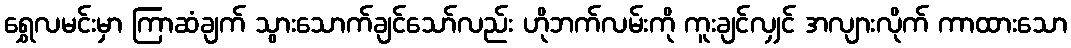
ရွှေလမင်းမှာ ကြာဆံချက် သွားသောက်ချင်သော်လည်း ဟိုဘက်လမ်းကို ကူးချင်လျှင် အလျားလိုက် ကာထားသော